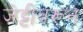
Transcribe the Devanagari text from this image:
जेट्टीवरून